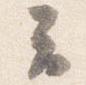
云